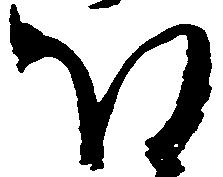
ほ